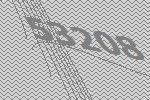
53208